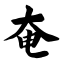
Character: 奄